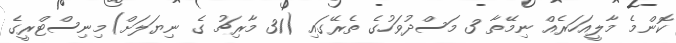
ކޮންމެ މާލީއަހަރެއް ނިމޭތާ 3 މަސްދުވަހުގެ ތެރޭގައި (31 މާރިޗު ގެ ނިޔަލަށް)މިނިސްޓްރީގެ